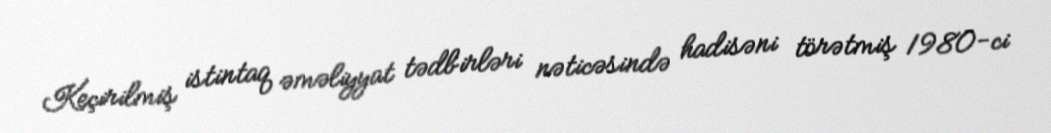
Keçirilmiş istintaq əməliyyat tədbirləri nəticəsində hadisəni törətmiş 1980-ci